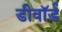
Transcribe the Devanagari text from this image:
डीवॉर्ड